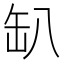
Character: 𰭂